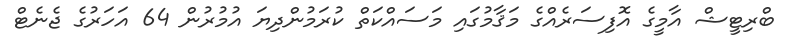
ބްރިޓީޝް އާމީގެ އޮފިސަރެއްގެ މަޤާމުގައި މަސައްކަތް ކުރަމުންދިޔަ އުމުރުން 64 އަހަރުގެ ޖެނެޓް